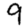
Digit: 9